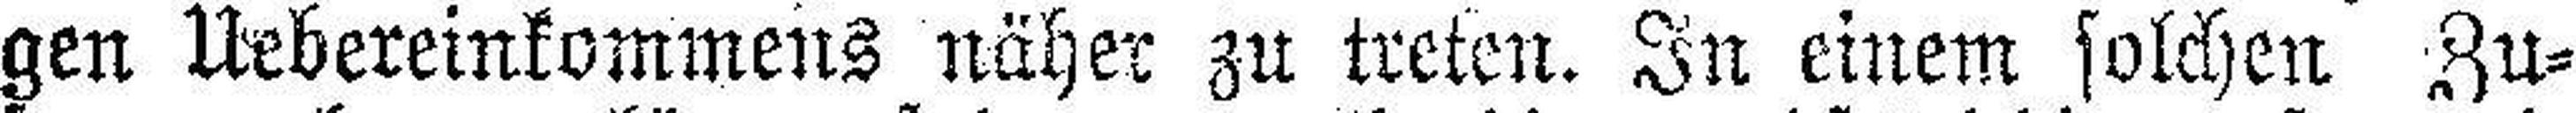
gen Uebereinkommens näher zu treten. In einem solchen Zu¬